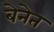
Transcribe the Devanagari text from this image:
बेनेत